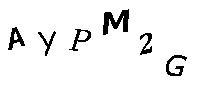
AYPM2G